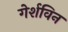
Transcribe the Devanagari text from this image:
गेर्शविन